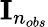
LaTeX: {\mathbf I}_{n_{obs}}